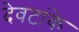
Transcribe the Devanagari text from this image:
देवटांके